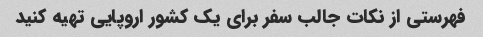
فهرستی از نکات جالب سفر برای یک کشور اروپایی تهیه کنید